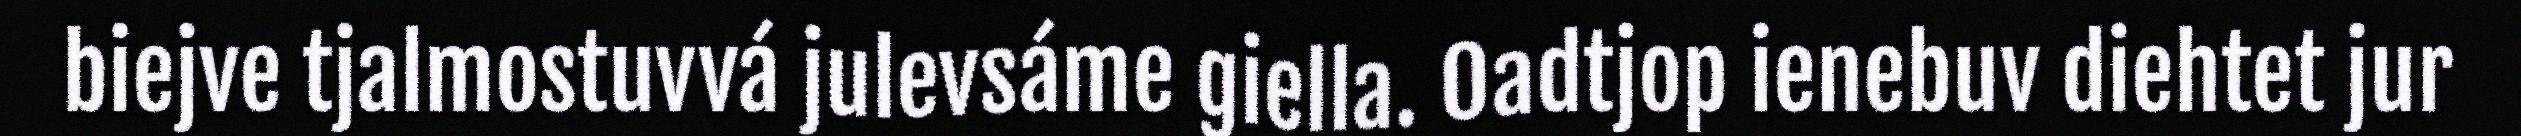
biejve tjalmostuvvá julevsáme giella. Oadtjop ienebuv diehtet jur